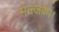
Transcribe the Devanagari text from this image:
मज्जका।